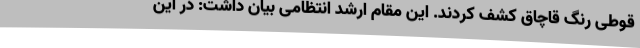
قوطی رنگ قاچاق کشف کردند. این مقام ارشد انتظامی بیان داشت: در این